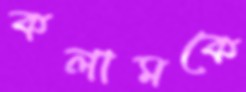
কলামকে